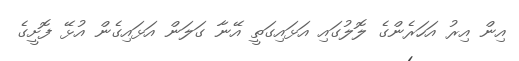
އިން އިރު އަހަރެންގެ ލޮލުގައި އަޅައިގަތީ އޭނާ ގަލަން އަޅައިގެން އުޅޭ ފޮށީގެ